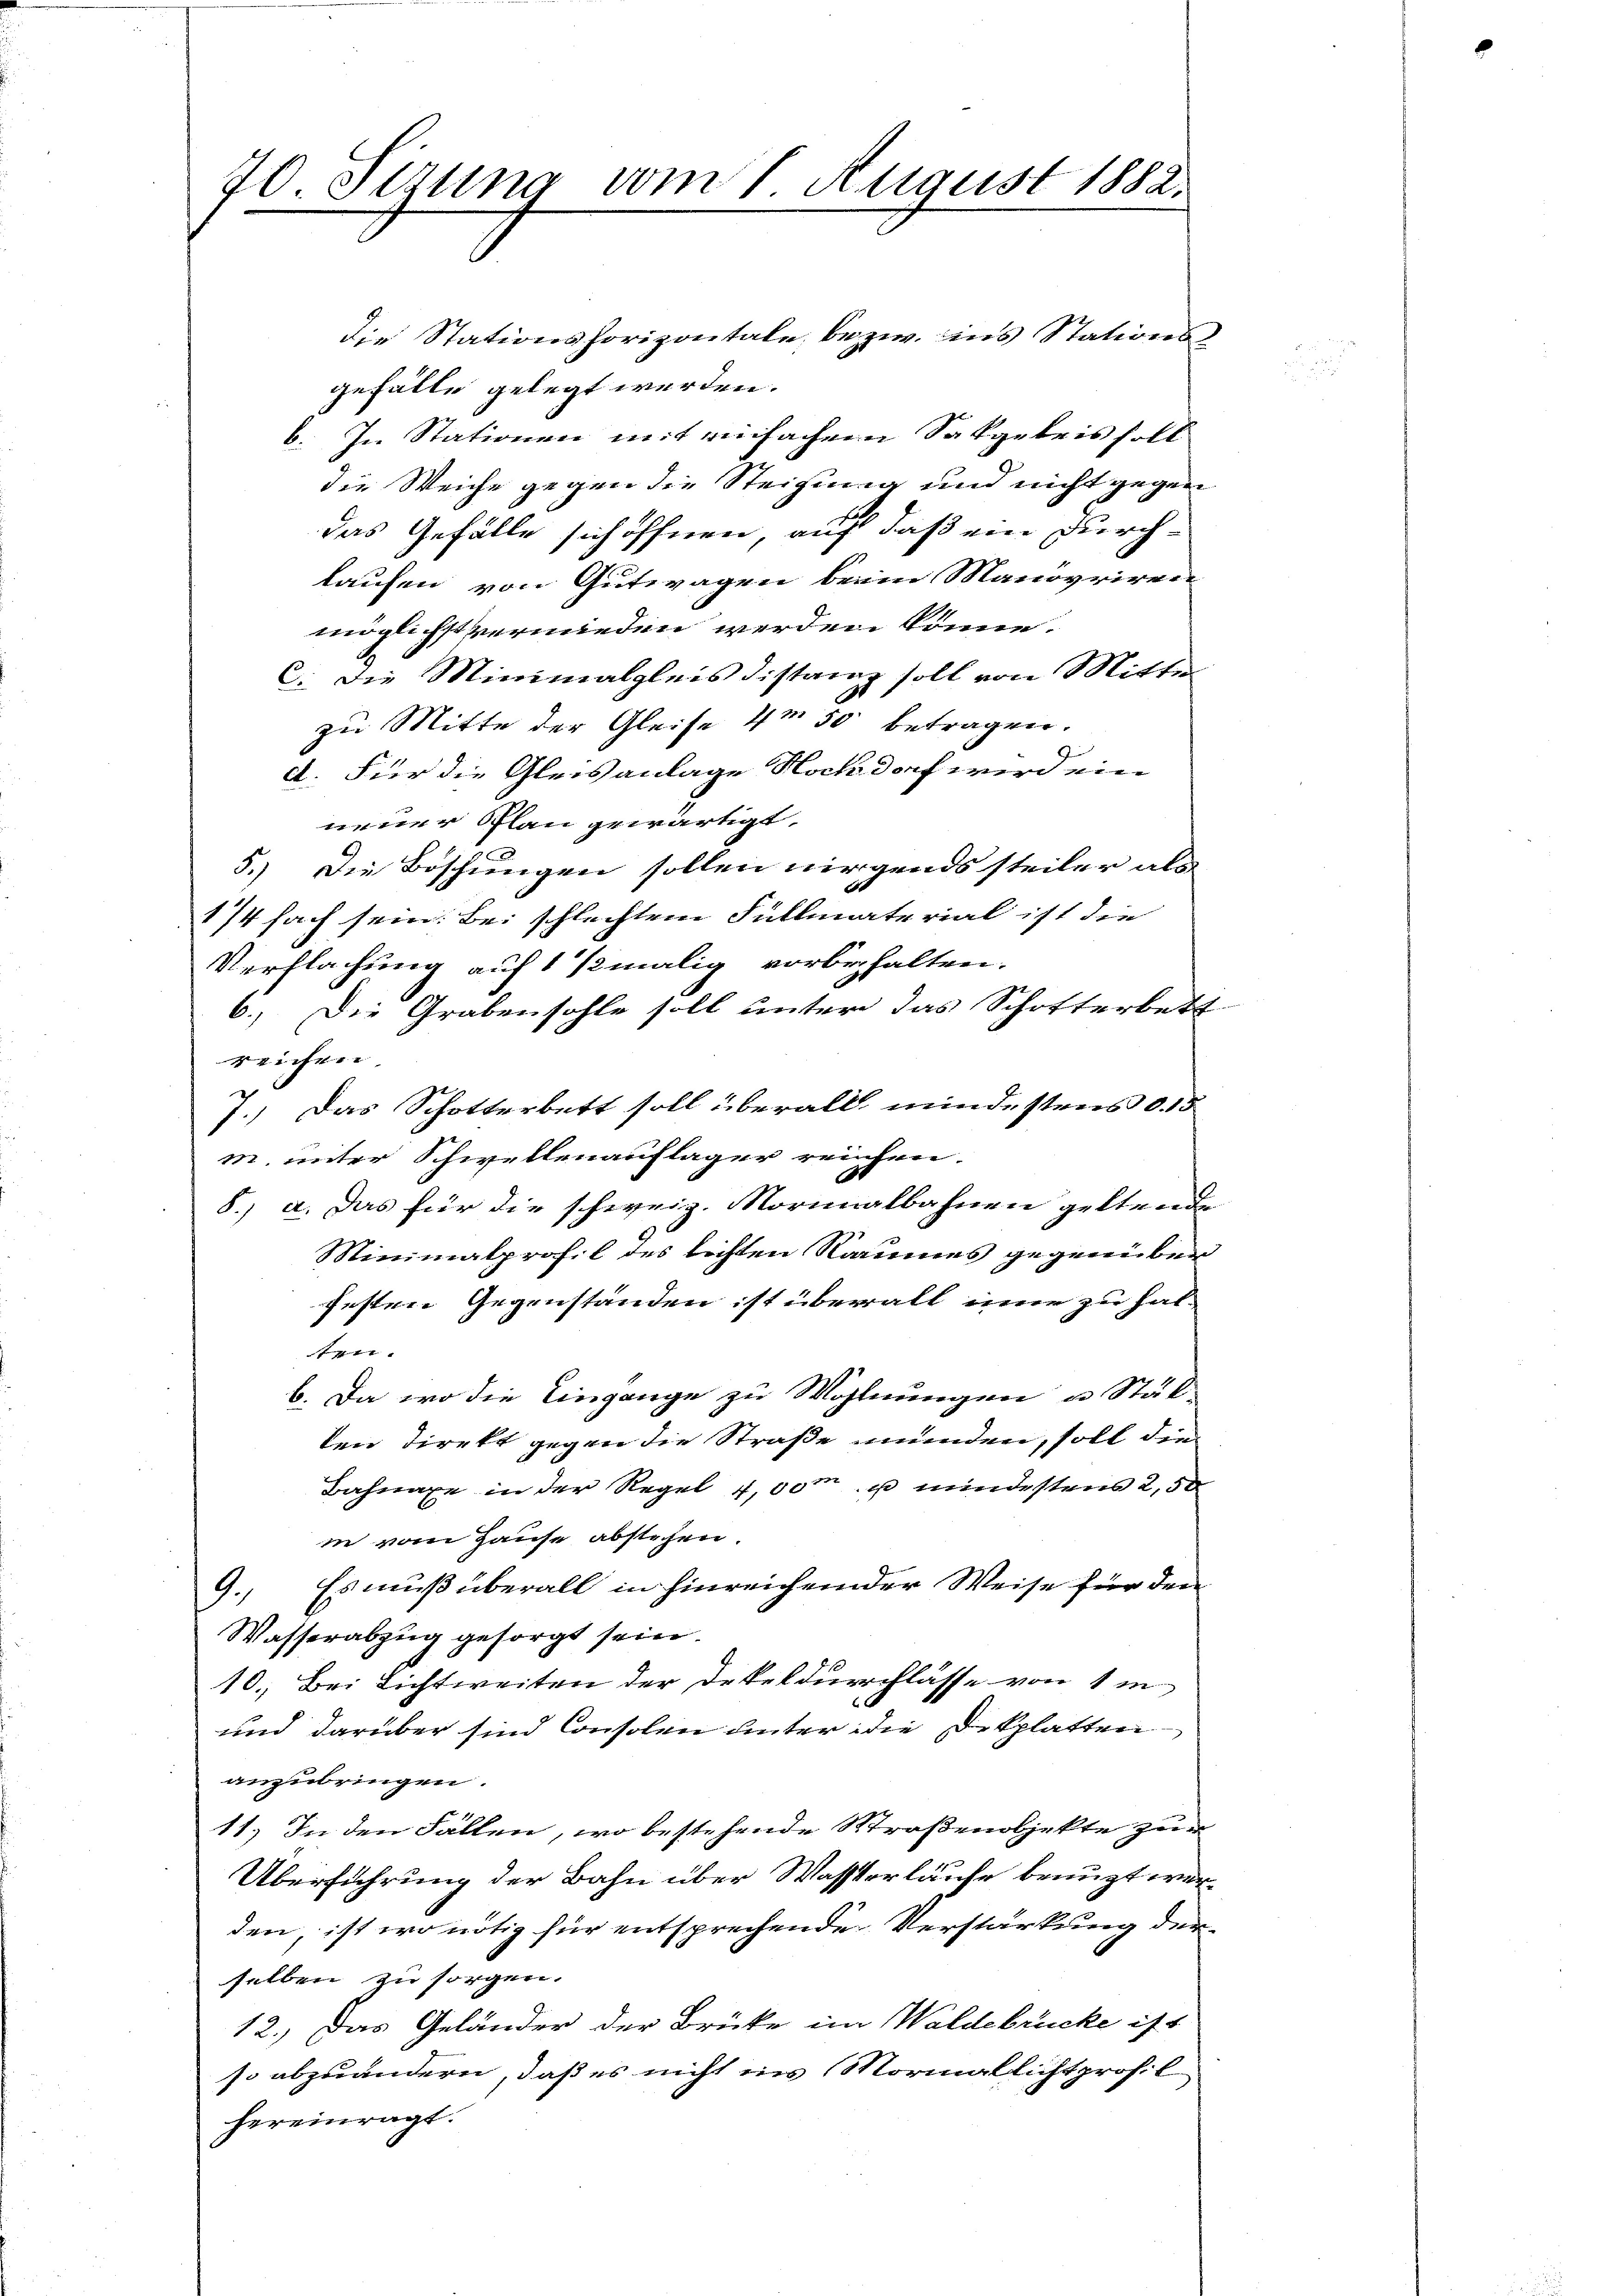
70. Setzung vom 1 August 1882.

die Stationshorizontale bezw. ins Stations
gefälle gelegt werden.
b. In Stationen mit einfachem Sakgetris soll
die Weiche gegen die Steigung und nicht gegen
das Gefälle sich öffnen, auf daß ein Durch-
kaufen von Gutwagen beim Manövriren
möglichst vermieden werden könne.
C. die Minimalgleis distanz soll von Mitte
zu Mitte der Gleise 4m 50 betragen.
d. Für die Gleisanlage Hochdorf wird ein
neuer Plan gewärtigt.
5.) Die Böschungen sollen nirgends steiler als
1/4 fach sein. Bei schlechtem Füllmaterial ist die
Verflachung auf 1 ½ malig vorbehalten.
6.) Die Grabensohle soll unter das Schotterbett
reichen.
7. Das Schotterbett soll überall mindestens d. 15
m. unter Schwellenauflager reichen.
8.) a. Das für die schweiz. Normalbahnen geltende
Minimalprofil des lechten Raumes gegenüber
festen Gegenständen ist überall inne zu hal-
ten.
b. Da wo die Eingange zu Wohnungen u. Stät-
ten Direkt gegen die Straße unenden, soll die
Bahnaxe in der Regel 4,00m u mindestens 2,50
in vom Hause abstehen.
9. Es muß überall in hinreichender Weise für drei
Wasserabzug gesorgt sein.
10. Bei Lichtweiten der Dekeldurchlasse von 1 i
und darüber sind Consolen unter die Dekplatten
anzubringen.
11.) In den Fällen, wo bestehende Straßenobjekte zur
Überführung der Bahn über Wassterläufe benuzt werden, ist wo nötig für entsprechende Verstärkung der
selben zu sorgen.
12.) Das Geländer der Brücke im Waldebrücke ist
so abzuändern, daß es nicht ins Mormallicht profil
hereinragt.

n